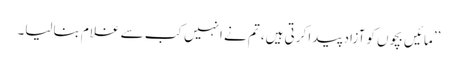
’’مائیں بچوں کو آزاد پیدا کرتی ہیں، تم نے انہیں کب سے غلام بنالیا۔